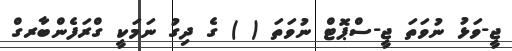
ޖީ-ވަޅު ނުވަތަ ޖީ-ސްޕޮޓް ނުވަތަ ( ) ގެ ދިގު ނަމަކީ ގްރަފެންބާރގް